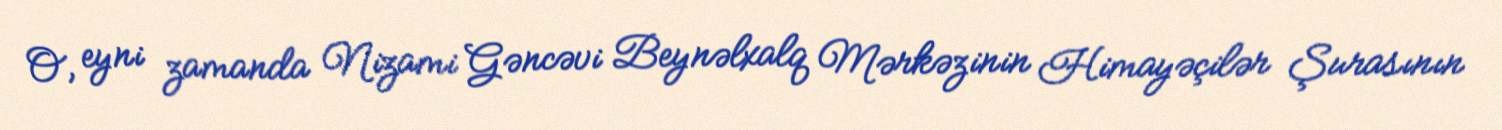
O, eyni zamanda Nizami Gəncəvi Beynəlxalq Mərkəzinin Himayəçilər Şurasının